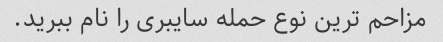
مزاحم ترین نوع حمله سایبری را نام ببرید.